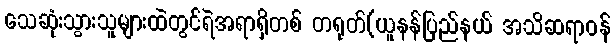
သေဆုံးသွားသူများထဲတွင်ရဲအရာရှိတစ် တရုတ်(ယူနန်ပြည်နယ် အသိဆရာဝန်